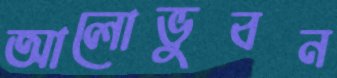
আলোভুবন